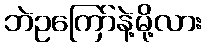
ဘဲဥကြော်နဲ့မို့လား